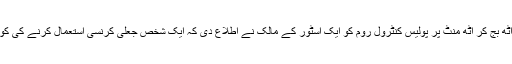
پچیس مئی رات آٹھ بج کر آٹھ منٹ پر پولیس کنٹرول روم کو ایک اسٹور کے مالک نے اطلاع دی کہ ایک شخص جعلی کرنسی استعمال کرنے کی کوشش کر رہا ہے۔